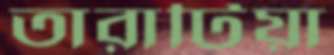
তারাটিয়া